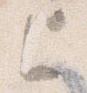
上